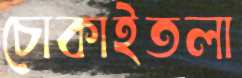
চোকাইতলা